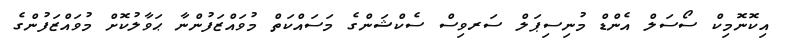
އިކޮނޮމިކް ސޯސަލް އެންޑް މުނިސިޕަލް ސަރވިސް ސެކްޝަންގެ މަސައްކަތް މުވައްޒަފުންނާ ޙަވާލުކޮށް މުވައްޒަފުންގެ